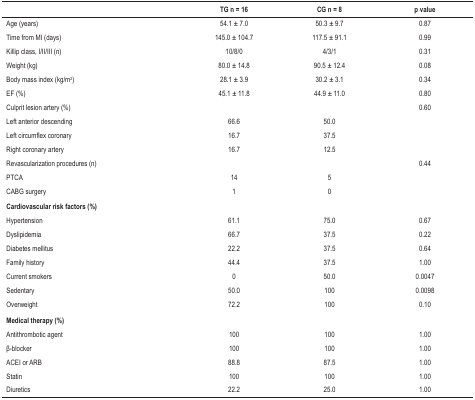
<table><thead><tr><td><b> </b></td><td><b>TG n = 16</b></td><td><b>CG n = 8</b></td><td><b>p value</b></td></tr></thead><tbody><tr><td>Age (years)</td><td>54.1 ± 7.0</td><td>50.3 ± 9.7</td><td>0.87</td></tr><tr><td>Time from MI (days)</td><td>145.0 ± 104.7</td><td>117.5 ± 91.1</td><td>0.99</td></tr><tr><td>Killip class, I/II/III (n)</td><td>10/8/0</td><td>4/3/1</td><td>0.31</td></tr><tr><td>Weight (kg)</td><td>80.0 ± 14.8</td><td>90.5 ± 12.4</td><td>0.08</td></tr><tr><td>Body mass index (kg/m<sup>2</sup>)</td><td>28.1 ± 3.9</td><td>30.2 ± 3.1</td><td>0.34</td></tr><tr><td>EF (%)</td><td>45.1 ± 11.8</td><td>44.9 ± 11.0</td><td>0.80</td></tr><tr><td>Culprit lesion artery (%)</td><td> </td><td> </td><td>0.60</td></tr><tr><td>Left anterior descending</td><td>66.6</td><td>50.0</td><td> </td></tr><tr><td>Left circumflex coronary</td><td>16.7</td><td>37.5</td><td> </td></tr><tr><td>Right coronary artery</td><td>16.7</td><td>12.5</td><td> </td></tr><tr><td>Revascularization procedures (n)</td><td> </td><td> </td><td>0.44</td></tr><tr><td>PTCA</td><td>14</td><td>5</td><td> </td></tr><tr><td>CABG surgery</td><td>1</td><td>0</td><td> </td></tr><tr><td><b>Cardiovascular risk factors (%)</b></td><td> </td><td> </td><td> </td></tr><tr><td>Hypertension</td><td>61.1</td><td>75.0</td><td>0.67</td></tr><tr><td>Dyslipidemia</td><td>66.7</td><td>37.5</td><td>0.22</td></tr><tr><td>Diabetes mellitus</td><td>22.2</td><td>37.5</td><td>0.64</td></tr><tr><td>Family history</td><td>44.4</td><td>37.5</td><td>1.00</td></tr><tr><td>Current smokers</td><td>0</td><td>50.0</td><td>0.0047</td></tr><tr><td>Sedentary</td><td>50.0</td><td>100</td><td>0.0098</td></tr><tr><td>Overweight</td><td>72.2</td><td>100</td><td>0.10</td></tr><tr><td><b>Medical therapy (%)</b></td><td> </td><td> </td><td> </td></tr><tr><td>Antithrombotic agent</td><td>100</td><td>100</td><td>1.00</td></tr><tr><td>β-blocker</td><td>100</td><td>100</td><td>1.00</td></tr><tr><td>ACEI or ARB</td><td>88.8</td><td>87.5</td><td>1.00</td></tr><tr><td>Statin</td><td>100</td><td>100</td><td>1.00</td></tr><tr><td>Diuretics</td><td>22.2</td><td>25.0</td><td>1.00</td></tr></tbody></table>